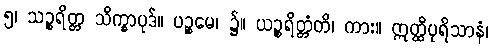
၅၊ သဉ္စရိတ္တ သိက္ခာပုဒ်။ ပဉ္စမေ၊ ၌။ ယဉ္စရိတ္တံတိ၊ ကား။ ဣတ္ထိပုရိသာနံ၊